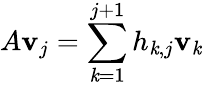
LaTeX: A\mathbf{v}_{j}=\sum_{\mathit{k}=1}^{j+1}h_{\mathit{k},j}\mathbf{v}_{\mathit{k}}